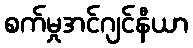
စက်မှုအင်ဂျင်နီယာ